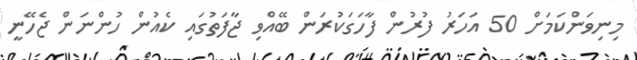
މިނިވަންކަމަށް 50 އަހަރު ފުރުން ފާހަގަކުރަން ބޭއްވި ޖާފަތުގައި ކެއުން ހުންނަން ޖެހޭނީ